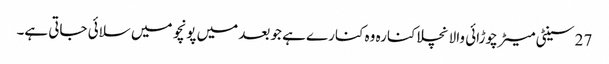
27 سینٹی میٹر چوڑائی والا نچلا کنارہ وہ کنارے ہے جو بعد میں پونچو میں سلائی جاتی ہے۔